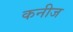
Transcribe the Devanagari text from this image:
कनीज